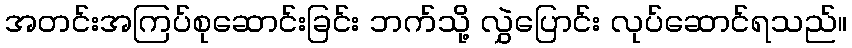
အတင်းအကြပ်စုဆောင်းခြင်း ဘက်သို့ လွှဲပြောင်း လုပ်ဆောင်ရသည်။